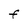
Character: F